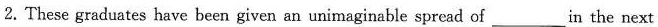
2.These graduates have been given an unimaginable spread of_in the next